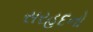
સરહદનો